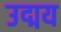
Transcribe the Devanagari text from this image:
उद्मय